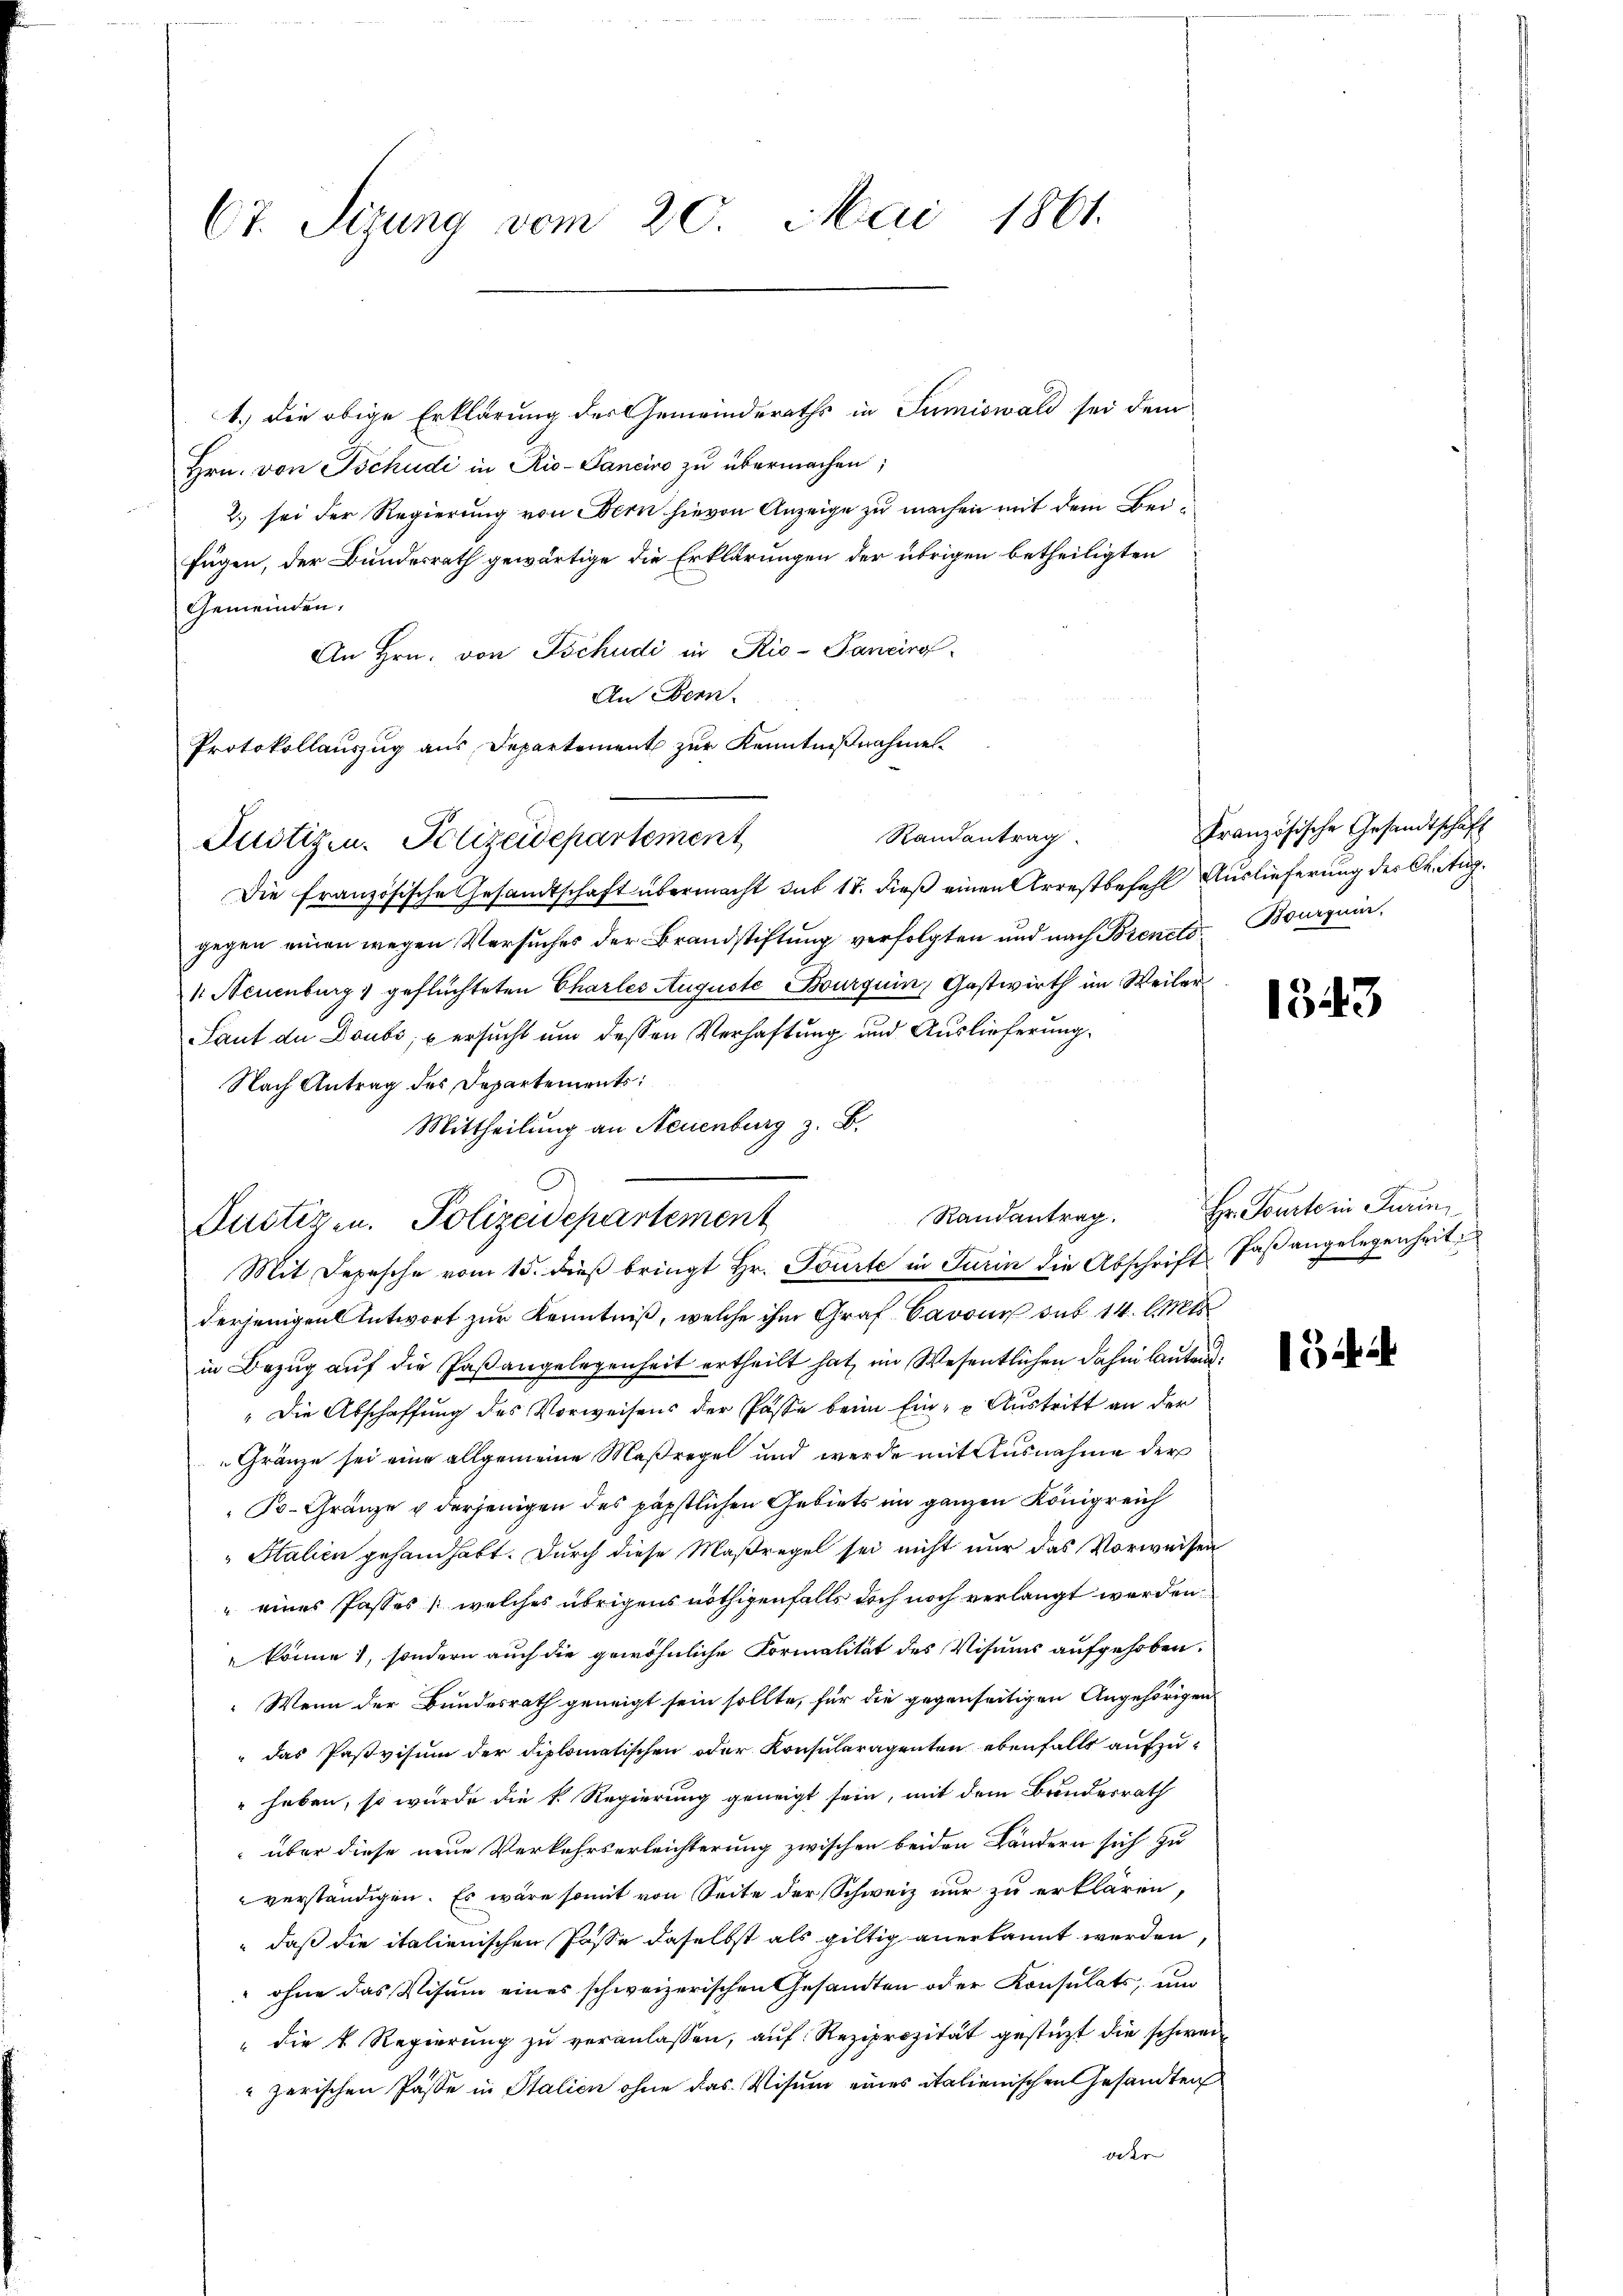
Ct. Sizung vom 20. Mai 1861.

1.) Die obige Erklärung der Gemeinderaths in Sumiswald sei dem
Hrn. von Tschudi in Rio-Ganeiro zu übermachen;
2.) sei der Regierung von Bern hievon Anzeige zu machen mit dem Beifügen, der Bundesrath gewärtige die Erklärungen der übrigen betheiligten
Gemeinden,
An Hrn. von Tschudi in Rio-Pancirg
An Bern.
Protokollauszug aus Departement zur Kenntnißnahme
Randantrag.
Die französische Gesandtschaft übermacht sub 18. dieß einen Arrestbefehl Auslieferung des C. Aug.
gegen einen wegen Versuches der Brandstiftung verfolgten und nach Brents Bourquin
1 Neuenburg, geflüchteten Chartes Auguste Bourguin, Gastwirth im Weiler¬
Saut de Doubs, & ersucht um dessen Verhaftung und Auslieferung
Nach Antrag des Departements:
Mittheilung an Neuenburg z. B.
Randantrag.
Mit Depesche vom 15. dieß bringt Hr. Tourte in Turin die Abschrift Paßangelegenheit,
derjenigen Antwort zur Kenntniß, welche ihm Graf Barone sub 14. Mts
in Bezug auf die Paßangelegenheit ertheilt hat, im Wesentlichen dahin lautend.
"Die Abschaffung des Vorweisens der Paste beim Eine Austritt an der
Gränze sei eine allgemeine Maßregel und werde mit Ausnahme der
Po- Gränze u derjenigen des päpstlichen Gebiets im ganzen Königreich
Stalien gehandhabt. Durch diese Maßregel sei nicht nur das Vorweisen
" eines Passes (welches übrigens nöthigenfalls doch noch verlangt werden.
könne, sondern auch die gewöhnliche Formalität des Visums aufgehoben.
Wenn der Bundesrath geneigt sein sollte, für die gegenseitigen Angehörigen
" das Pastvisum der diplomatischen oder Konsularagenten ebenfalls aufzu-
" haben, so würde die k. Regierung geneigt sein, mit dem Bundesrath
 über diese neue Verkehrserleichterung zwischen beiden Ländern sich zu
verständigen. Es wäre somit von Seite der Schweiz nur zu erklären,
" daß die italienischen Pässe daselbst als giltig anerkannt werden,
 ohne das Visum eines schweizerischen Gesandten oder Konsulats, und
" die u. Regierŭng zŭ veranlassen, aŭf Reziprozität gestüzt die schweizerischen Pässe in Stalien ohne das Visum eines italienischen Gesandten
der

Justizen. Polizeidepartement

Justizen. Polizeidepartement

Französische Gesandtschaft

1543

Hr. Toute in Turin

134